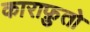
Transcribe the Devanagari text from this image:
काराफ़ुतो